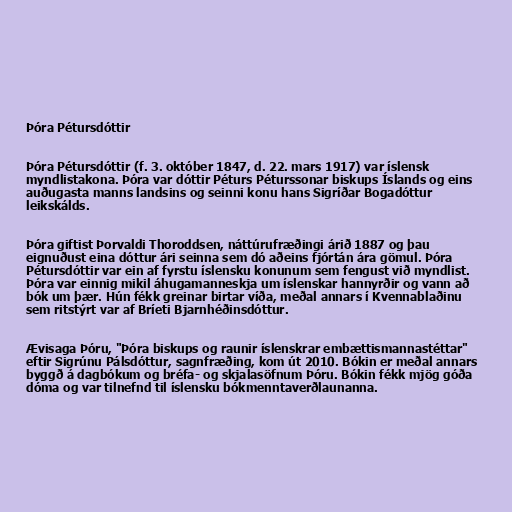
Þóra Pétursdóttir

Þóra Pétursdóttir (f. 3. október 1847, d. 22. mars 1917) var íslensk
myndlistakona. Þóra var dóttir Péturs Péturssonar biskups Íslands og eins
auðugasta manns landsins og seinni konu hans Sigríðar Bogadóttur
leikskálds.

Þóra giftist Þorvaldi Thoroddsen, náttúrufræðingi árið 1887 og þau
eignuðust eina dóttur ári seinna sem dó aðeins fjórtán ára gömul. Þóra
Pétursdóttir var ein af fyrstu íslensku konunum sem fengust við myndlist.
Þóra var einnig mikil áhugamanneskja um íslenskar hannyrðir og vann að
bók um þær. Hún fékk greinar birtar víða, meðal annars í Kvennablaðinu
sem ritstýrt var af Bríeti Bjarnhéðinsdóttur.

Ævisaga Þóru, "Þóra biskups og raunir íslenskrar embættismannastéttar"
eftir Sigrúnu Pálsdóttur, sagnfræðing, kom út 2010. Bókin er meðal annars
byggð á dagbókum og bréfa- og skjalasöfnum Þóru. Bókin fékk mjög góða
dóma og var tilnefnd til íslensku bókmenntaverðlaunanna.